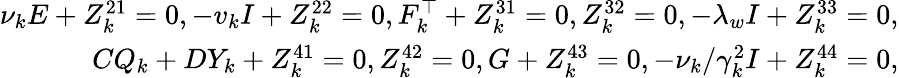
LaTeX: \begin{array}{r}{\nu_{k}E+Z_{k}^{21}=0,-v_{k}I+Z_{k}^{22}=0,F_{k}^{\top}+Z_{k}^{31}=0,Z_{k}^{32}=0,-\lambda_{w}I+Z_{k}^{33}=0,}\\ {CQ_{k}+DY_{k}+Z_{k}^{41}=0,Z_{k}^{42}=0,G+Z_{k}^{43}=0,-\nu_{k}/\gamma_{k}^{2}I+Z_{k}^{44}=0,}\end{array}